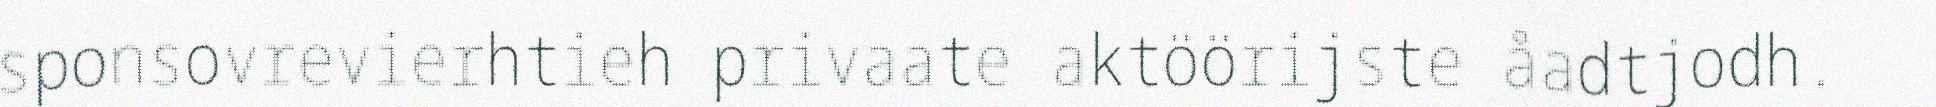
sponsovrevierhtieh privaate aktöörijste åadtjodh.